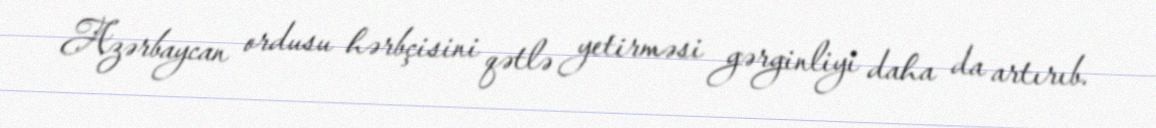
Azərbaycan ordusu hərbçisini qətlə yetirməsi gərginliyi daha da artırıb.